system: You are a helpful assistant.
user:
Analyze the provided spectrum to determine if it is a **M-type Giant (gM)**.

A M-type Giant spectrum is defined by its **strong molecular absorption** features, particularly from **Titanium Oxide (TiO)**. You must check for one of the following mutually exclusive signatures:

- **Key Visual Indicators (Absorption-Dominated Spectrum):**

    - **(Primary):** The spectrum is dominated by strong molecular absorption from **Titanium Oxide (TiO)**. This is the **defining feature** of its M-type temperature class.
        - **(Key Bandheads):** Look for sharp, "saw-tooth" absorption valleys. The strongest are located near **~7050 Å**, **~6160 Å**, and **~5170 Å**.
        - **(Line Profile):** The "saw-tooth" morphology is critical: a **sharp, steep drop on the BLUE (short-wavelength) side** of the bandhead, followed by a gradual recovery (rising flux) towards the RED (long-wavelength) side.

    - **(Key Confirmation - Giant vs. Dwarf):** **ABSENCE** of strong **Calcium Hydride (CaH)** molecular bands. This is the primary diagnostic for *excluding* M-dwarfs.
        - **(Key Region):** The spectrum should lack the strong, broad absorption band seen in dwarfs between **~6800 Å and ~7000 Å**.

    - **(Secondary Confirmation - Giant):** A very strong and broad **Neutral Calcium (Ca I)** atomic absorption line.
        - **(Key Line):** Located at **~4226 Å**. In a giant (gM), this line is significantly deeper and broader than the same line in an M-dwarf (dM) due to low surface gravity.

    - **(Overall Spectrum):**
        - The continuum is **extremely red-sloping** (i.e., flux is very low in the blue and rises dramatically towards the red).
        - The entire spectrum appears "chopped up" by the deep TiO bands.

Think first, call **spectral_visualization_tool** if needed to examine features in detail, then provide your final answer. Your response must adhere to the following strict rules:
1.  **Overall Structure:** Your response must follow the format `<think>...</think> <tool_call>...</tool_call> (if a tool is used) <answer>...</answer>`.
2.  **Tool Usage Constraint:** You may only make **one** tool call per turn.
3.  **Final Answer Format:** In the `<answer>` tag, your conclusion must be inside a `\boxed{}` command (e.g., `\boxed{YES}` or `\boxed{NO}`), followed by your justification.

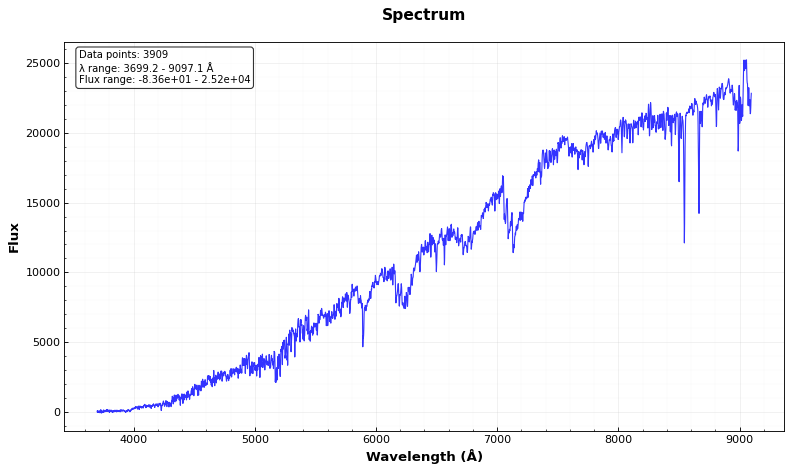
Answer: YES